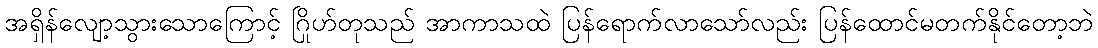
အရှိန်လျော့သွားသောကြောင့် ဂြိုဟ်တုသည် အာကာသထဲ ပြန်ရောက်လာသော်လည်း ပြန်ထောင်မတက်နိုင်တော့ဘဲ